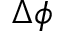
\Delta \phi